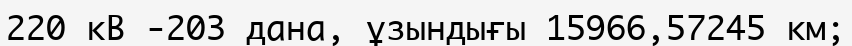
220 кВ -203 дана, ұзындығы 15966,57245 км;